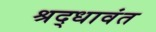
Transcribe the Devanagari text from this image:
श्रद्धावंत